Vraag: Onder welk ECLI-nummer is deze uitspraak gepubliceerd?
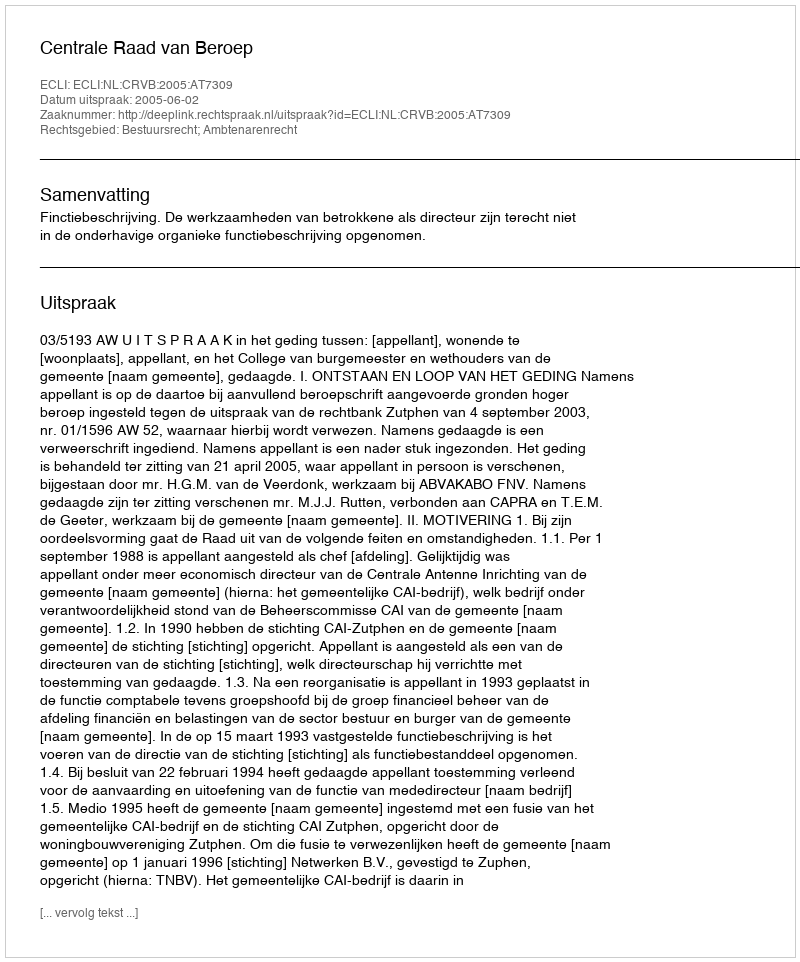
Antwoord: ECLI:NL:CRVB:2005:AT7309